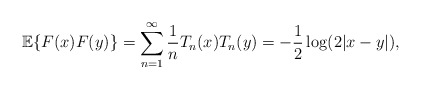
\begin{align*} \mathbb{E}\{F(x)F(y)\} = \sum_{n=1}^{\infty}\frac{1}{n}T_{n}(x)T_{n}(y) = -\frac{1}{2}\log(2|x-y|),\end{align*}